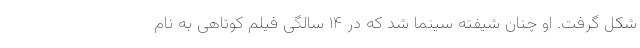
شکل گرفت. او چنان شیفته سینما شد که در ۱۴ سالگی فیلم کوتاهی به نام